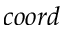
c o o r d